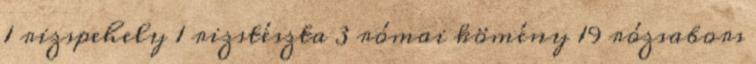
1 rizspehely 1 rizstészta 3 római kömény 19 rózsabors